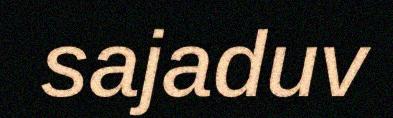
sajaduv